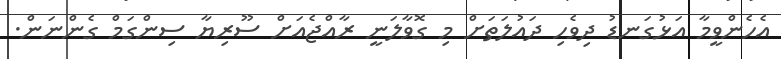
އެހެންވީމާ އަޅުގަނޑު ދިވެހި ދައުލަތަށް މި ގޮވާލަނީ ރާއްޖެއަށް ސޫރިޔާ ސިންގަމް ގެންނަން.